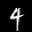
Label: 4